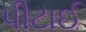
પીટાઈ